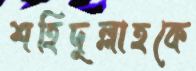
শহিদুল্লাহকে